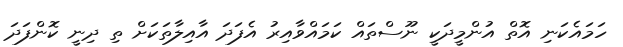
ހަމައެކަނި އޮތް އުންމީދަކީ ނޫސްތައް ކަމައްވާއިރު އެފަދަ އާއިލާތަކަށް ތި ދިނީ ކޮންފަދަ